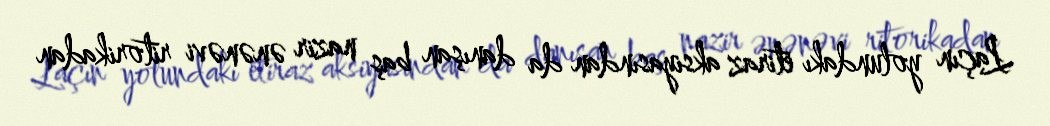
Laçın yolundakı etiraz aksiyasından da danışan baş nazir ənənəvi ritorikadan